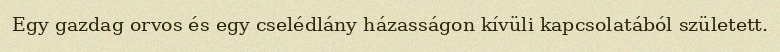
Egy gazdag orvos és egy cselédlány házasságon kívüli kapcsolatából született.